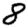
Digit: 8